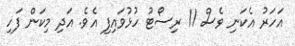
އަހަރު އެކަނި ވެސް 11 ރިސޯޓު ހުޅުވައިފި އެވެ. އަދި މިކަން ފަހި